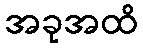
အခုအထိ